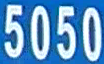
5050